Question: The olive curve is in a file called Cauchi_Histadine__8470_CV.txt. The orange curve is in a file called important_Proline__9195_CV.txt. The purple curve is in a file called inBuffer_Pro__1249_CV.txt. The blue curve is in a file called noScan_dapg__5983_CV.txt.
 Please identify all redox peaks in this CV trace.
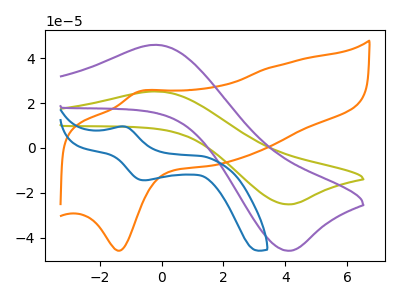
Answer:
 <answer>The olive curve "Histadine" has an anodic peak at (-0.15V, 25.25uA) and a cathodic peak at (4.05V, -25.15uA). The orange curve "Proline" has an anodic peak at (-0.75V, 25.10uA) and a cathodic peak at (-1.40V, -45.90uA). The purple curve "Pro" has an anodic peak at (-0.15V, 46.05uA) and a cathodic peak at (4.05V, -45.85uA). The blue curve "dapg" has an anodic peak at (-1.20V, 9.60uA) and a cathodic peak at (-0.50V, -14.45uA).</answer>
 <eval></eval>